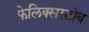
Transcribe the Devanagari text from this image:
फेलिक्सस्टोव